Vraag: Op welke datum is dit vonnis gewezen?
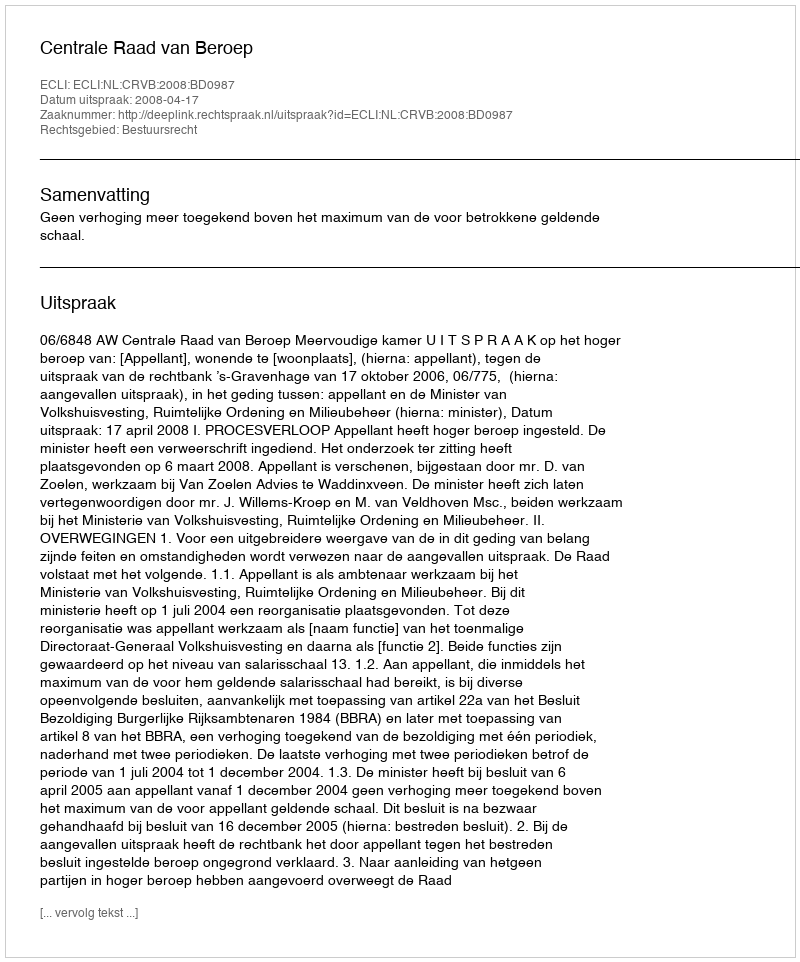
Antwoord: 2008-04-17